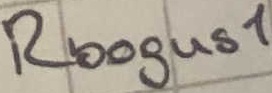
Text: Rbogus1